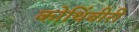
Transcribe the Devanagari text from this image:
कोथिंबीरी